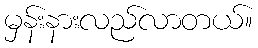
မှန်းနားလည်လာတယ်။